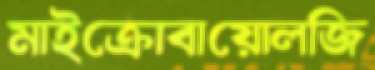
মাইক্রোবায়োলজি